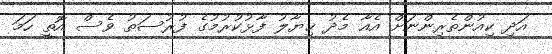
އަދި ކިއުންތެރިންނަށް އެއާ މެދު ޚިޔާލު ފާޅުކުރުމުގެ ފުރުސަތު ވެސް އޮތީ ހަމަ